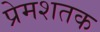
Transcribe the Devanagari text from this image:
प्रेमशतक